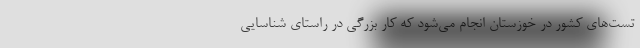
تست‌های کشور در خوزستان انجام می‌شود که کار بزرگی در راستای شناسایی